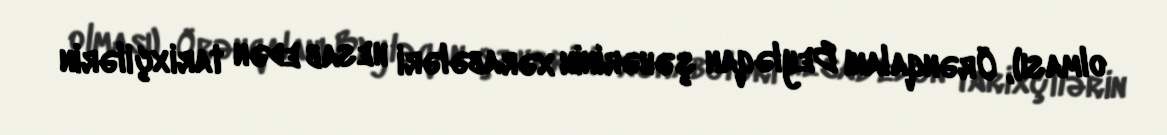
olması), Örənqalanı Beyləqan şəhərinin xərabələri hesab edən tarixçilərin